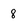
Character: 8